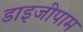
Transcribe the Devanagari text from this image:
डाइजीपाम